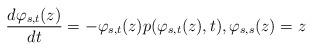
LaTeX: \begin{align*}\frac{d\varphi_{s,t}(z)}{dt} = - \varphi_{s,t}(z) p(\varphi_{s,t}(z), t), \varphi_{s,s}(z) = z\end{align*}